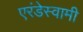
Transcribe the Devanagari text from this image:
एरंडेस्वामी